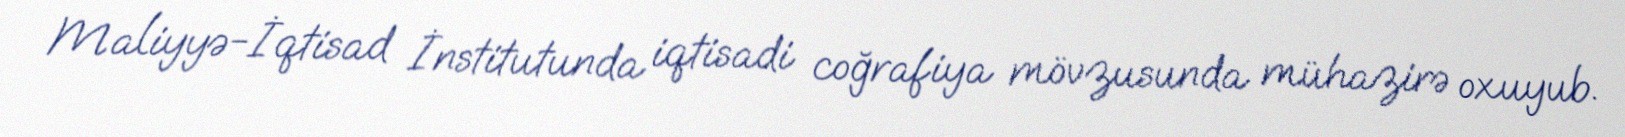
Maliyyə-İqtisad İnstitutunda iqtisadi coğrafiya mövzusunda mühazirə oxuyub.